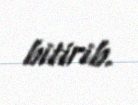
bitirib.